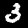
Digit: 3